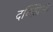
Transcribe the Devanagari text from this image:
दक्ख़िनी